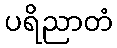
ပရိညာတံ